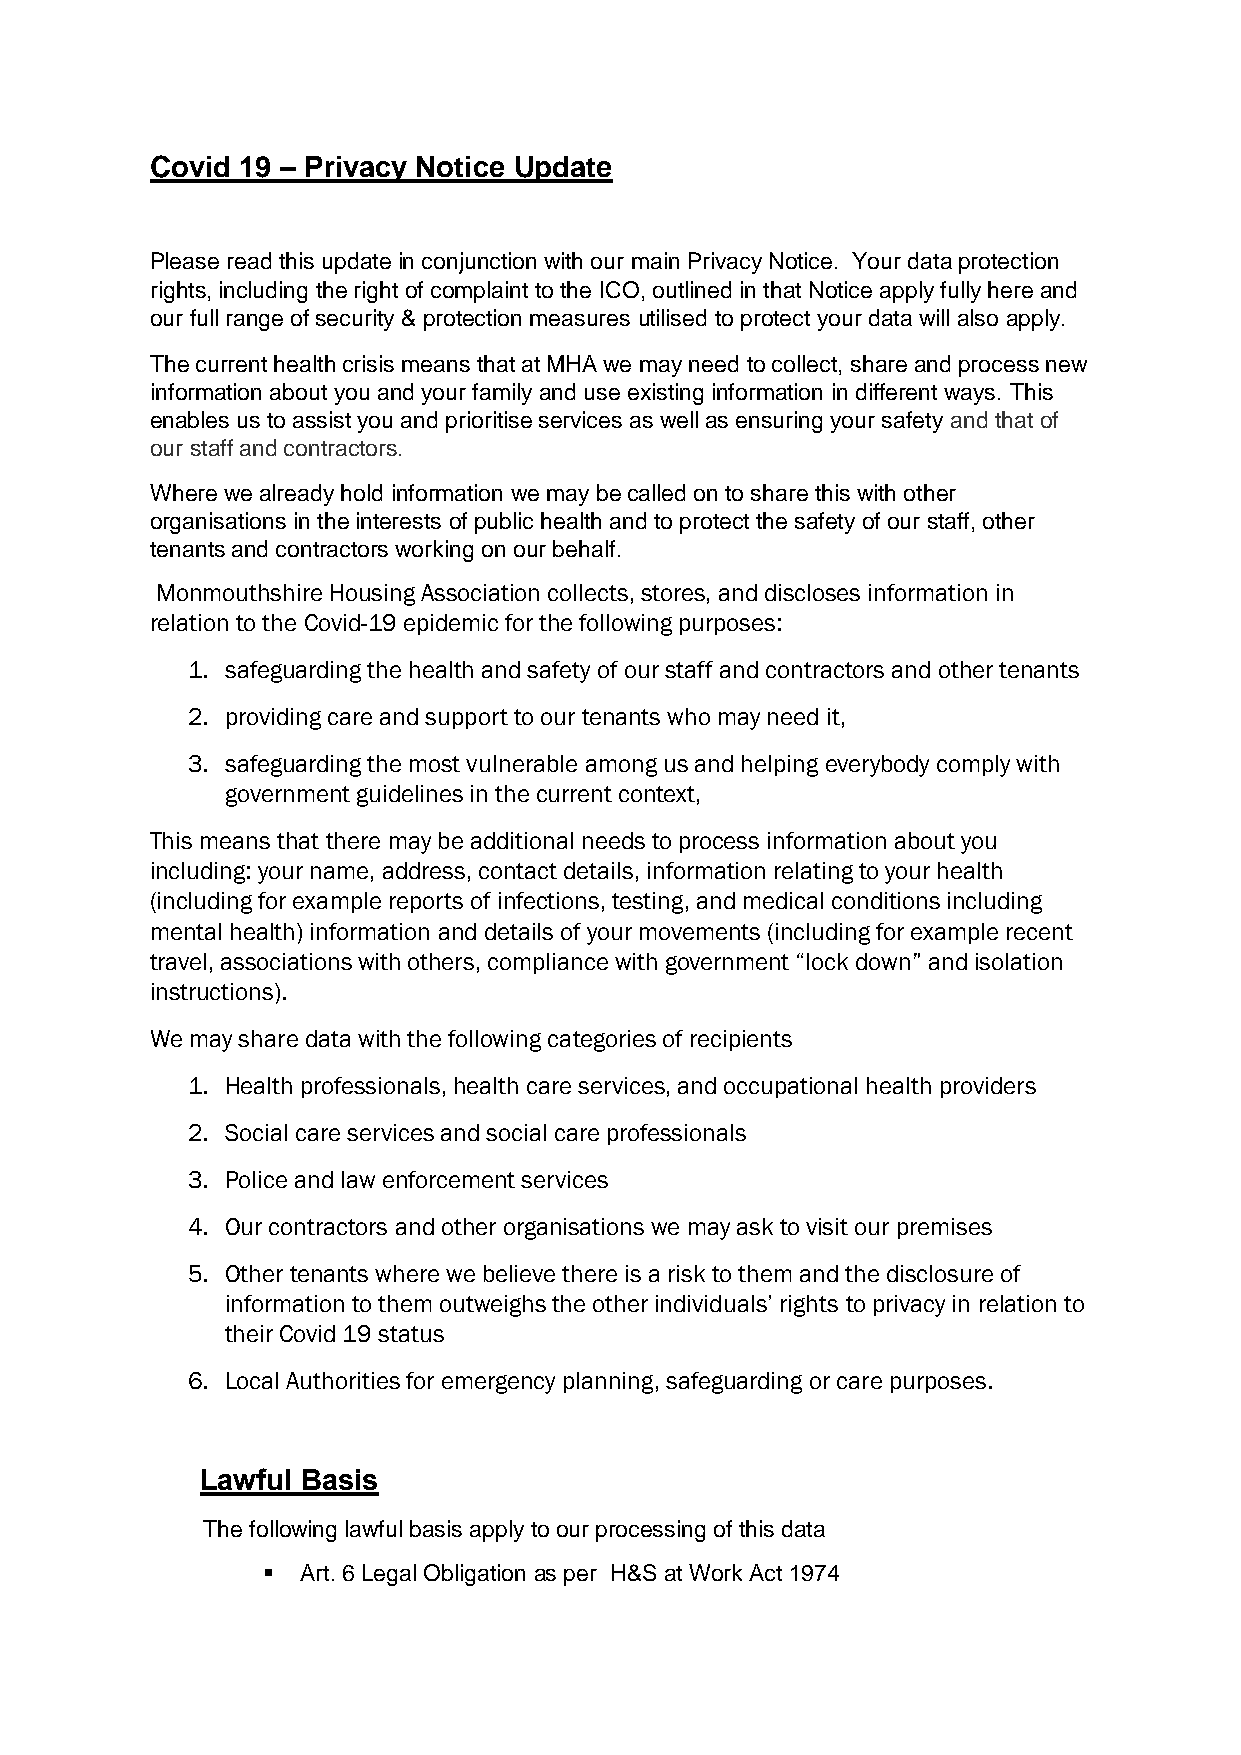
Covid 19 – Privacy Notice Update
 Please read this update in conjunction with our main Privacy Notice. Your data protection
 rights, including the right of complaint to the ICO, outlined in that Notice apply fully here and
 our full range of security & protection measures utilised to protect your data will also apply.
 The current health crisis means that at MHA we may need to collect, share and process new
 information about you and your family and use existing information in different ways. This
 enables us to assist you and prioritise services as well as ensuring your safety and that of
 our staff and contractors.
 Where we already hold information we may be called on to share this with other
 organisations in the interests of public health and to protect the safety of our staff, other
 tenants and contractors working on our behalf.
 Monmouthshire Housing Association collects, stores, and discloses information in
 relation to the Covid-19 epidemic for the following purposes:
 1. safeguarding the health and safety of our staff and contractors and other tenants
 2. providing care and support to our tenants who may need it,
 3. safeguarding the most vulnerable among us and helping everybody comply with
 government guidelines in the current context,
 This means that there may be additional needs to process information about you
 including: your name, address, contact details, information relating to your health
 (including for example reports of infections, testing, and medical conditions including
 mental health) information and details of your movements (including for example recent
 travel, associations with others, compliance with government “lock down” and isolation
 instructions).
 We may share data with the following categories of recipients
 1. Health professionals, health care services, and occupational health providers
 2. Social care services and social care professionals
 3. Police and law enforcement services
 4. Our contractors and other organisations we may ask to visit our premises
 5. Other tenants where we believe there is a risk to them and the disclosure of
 information to them outweighs the other individuals’ rights to privacy in relation to
 their Covid 19 status
 6. Local Authorities for emergency planning, safeguarding or care purposes.
 Lawful Basis
 The following lawful basis apply to our processing of this data
   Art. 6 Legal Obligation as per H&S at Work Act 1974